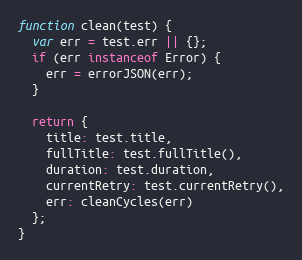
Language: JavaScript
function clean(test) {
  var err = test.err || {};
  if (err instanceof Error) {
    err = errorJSON(err);
  }

  return {
    title: test.title,
    fullTitle: test.fullTitle(),
    duration: test.duration,
    currentRetry: test.currentRetry(),
    err: cleanCycles(err)
  };
}